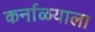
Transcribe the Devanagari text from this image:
कर्नाळयाला